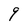
Character: 9